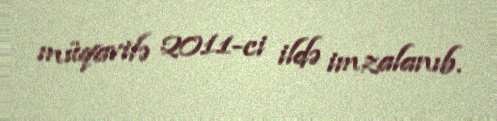
müqavilə 2011-ci ildə imzalanıb.